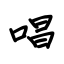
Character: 唱